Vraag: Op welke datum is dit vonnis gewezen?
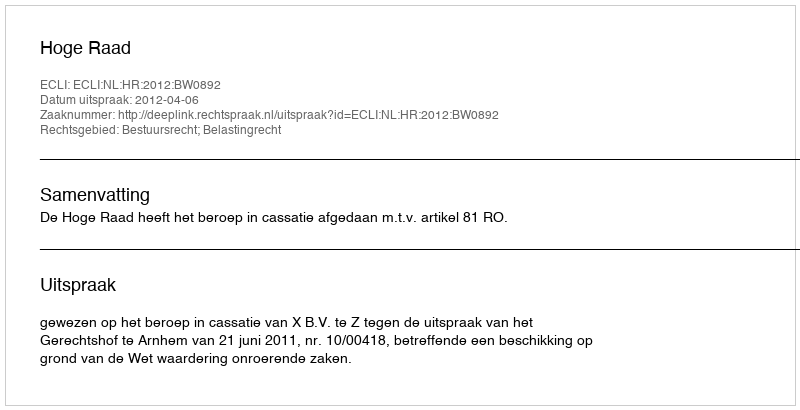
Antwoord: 2012-04-06